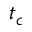
t _ { c }